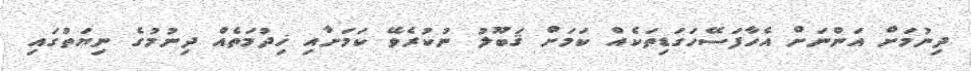
ދިނުމަށް އަންނަށް އެހާފަސޭހަގަޑިތަކެއް ކަމަށް ޤަބޫލު ނުކުރެވޭ ކަމަށާއި ޚިދުމަތެއް ދިނުމުގެ ނިޔަތުގައި